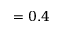
= 0 . 4